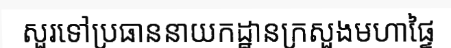
សួរទៅប្រធាននាយកដ្ឋានក្រសួងមហាផ្ទៃ